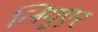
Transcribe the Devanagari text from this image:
लिगुएर